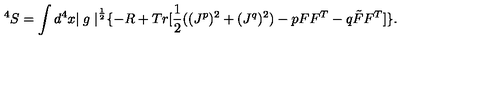
^ 4 S = \int d ^ { 4 } x { \mid g \mid } ^ { \frac { 1 } { 2 } } \{ - R + T r [ \frac { 1 } { 2 } ( ( J ^ { p } ) ^ { 2 } + ( J ^ { q } ) ^ { 2 } ) - p F F ^ { T } - q \tilde { F } F ^ { T } ] \} .